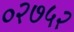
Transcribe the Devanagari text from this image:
०२७५२